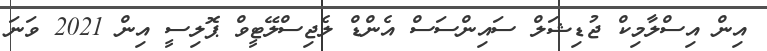
އިން އިސްލާމިކް ޖުޑިޝަލް ސައިންސަސް އެންޑް ލެޖިސްލޭޓީވް ޕޮލިސީ އިން 2021 ވަނަ